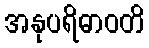
အနုပရိဓာဝတိ